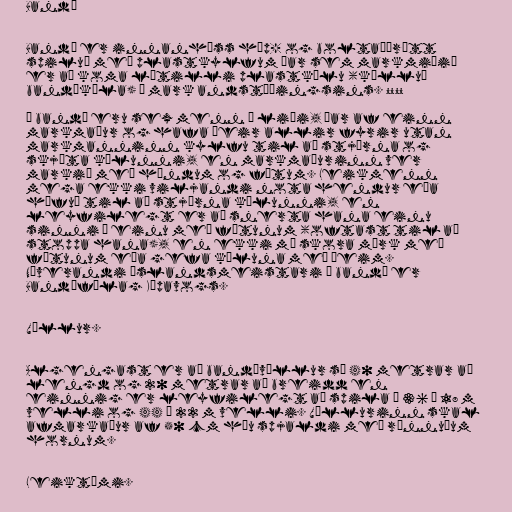
Bandý

Bandý er innanhúss hóp- og boltaíþrótt
spiluð með plastkylfum þar sem markmiðið
er að koma lítilli plastkúlu (kölluð
bandýkúla) í mark andstæðingsins. °°°°

Í bandý eru sex menn í liði, þar af einn
markmaður og hafa þeir allir fyrir utan
markmanninn kylfu til að stjórna og
skjóta kúlunni, en markmaðurinn ver
markið með höndum og fótum. Leikmenn
mega ekki viljandi nota hendur eða
höfuð til að stjórna kúlunni, en
leyfilegt er að snerta hana einu
sinni í einu með fótunum (oftast til að
stoppa hana), en ekki má skora mörk með
fótunum eða gefa kúluna með þeim.
Núverandi Íslandsmeistari í bandý er
Bandýfélag Kópavogs.

Völlur.

Algengast er að bandývöllur sé 40 metrar að
lengd og 20 metrar að breidd en
einnig er leyfilegt að spila á 36 · 18 m
velli og 44 · 22 m velli. Völlurinn skal
afmarkaður af 50 cm háu spjaldi með rúnnuðum
hornum.

Leiktími.